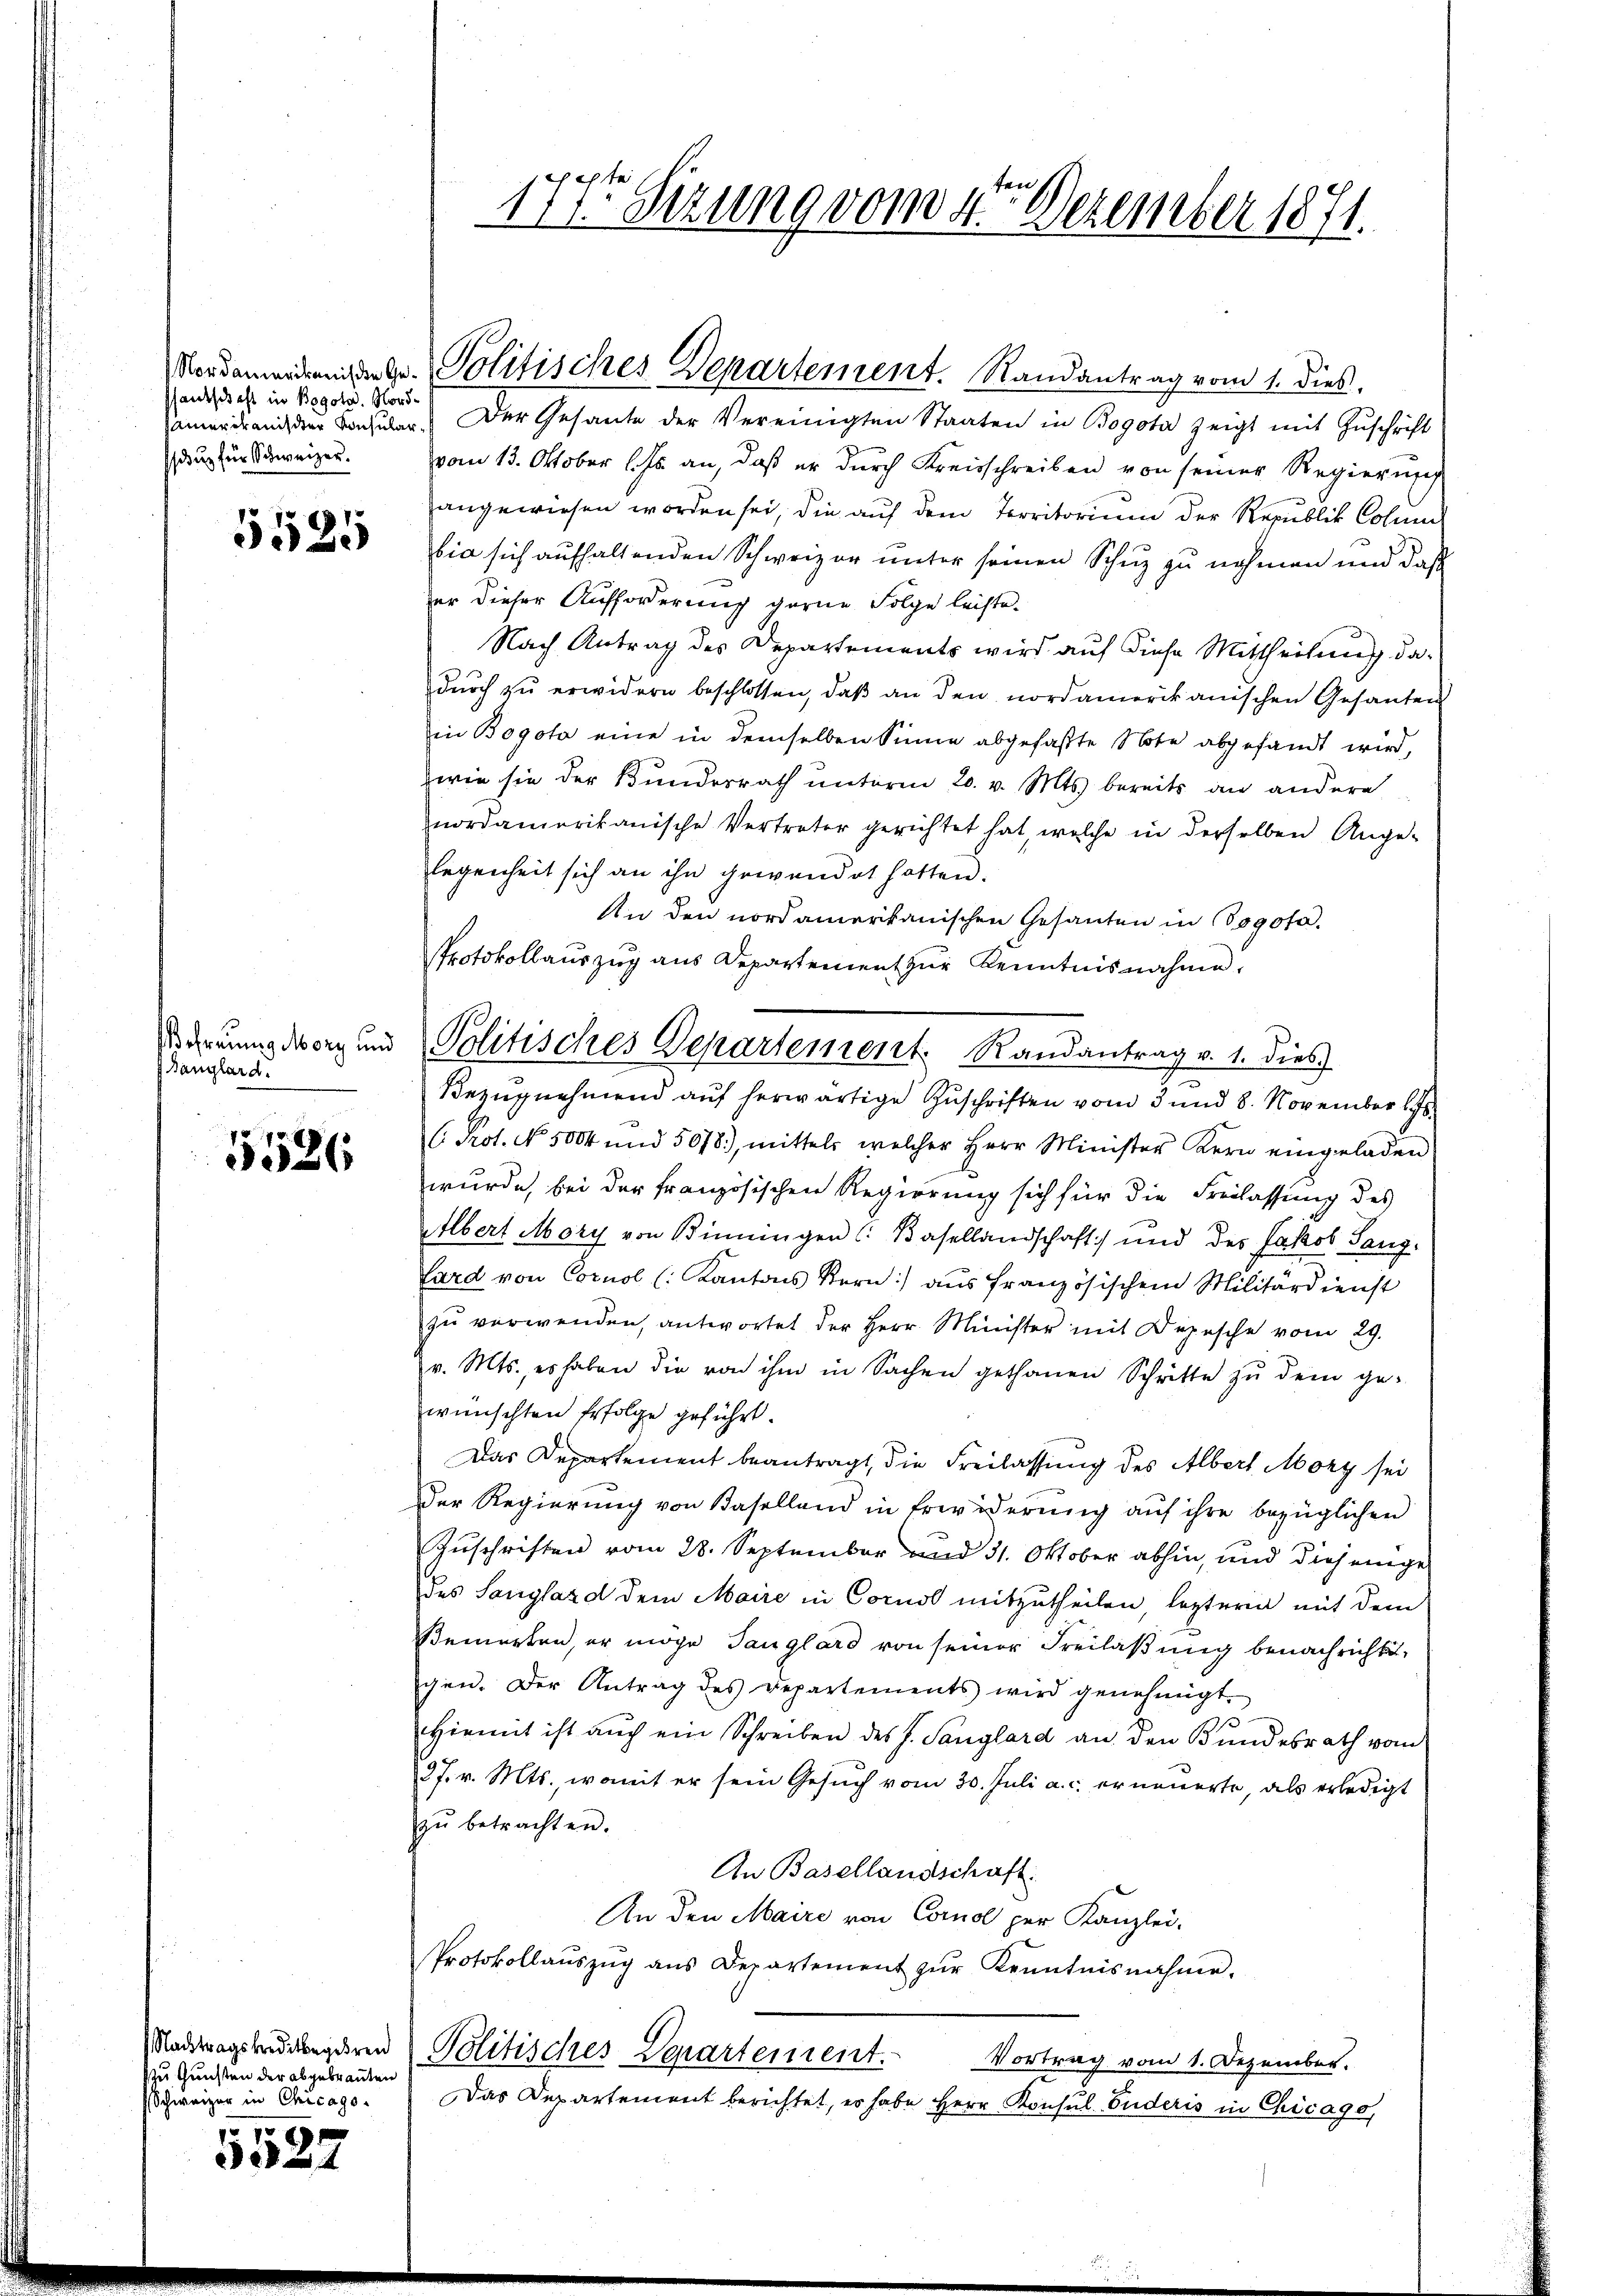
shandschaft in Bogota, Nordsdug für Schweizer.

5525

Danglard.

5526

zu Gunsten der abgebranten
Schweizer in Chicago
19

4

sammerdanck der Bouler. Der Gesante der Vereinigten Staaten in Bogota zeigt mit Zŭschrift
vom 13. Oktober l. Js. an, daß er durch Kreisschreiben von seiner Regierung
angewiesen worden sei, die auf dem Territorium der Republik Colum
bia sich aufhaltenden Schweizer unter seinen Schuz zu nehmen und daß
der dieser Aufforderung gerne Folge leiste¬
Nach Antrag des Departements wird auf diese Mittheilung dadŭrch zŭ erwidern beschlossen, daβ an den nordamerikanischen Gesanten
in Bogota eine in demselben Sinne abgefaßte Note abgesandt wird,
dwie sie der Bunderrath unterm 20. v. Mts. bereits an andere
nordamerikanische Vertreter gerichtet hat, welche in derselben Ange-
legenheit sich an ihn gewendet hatten.
An den nordamerikanischen Gesanten in Bogota.
Protokollauszug aus Departement zur Kenntnisnahme.

arrungsorg und Politisches Departement. Randantrag v. 1. dies

en
173 Sezung vom 4. Dezember 1871.

Mordenendenden Gr. Politisches Departement. Randantrag vom 1. dies,

Bezugnehmend auf herwärtige Zuschriften vom 3 und 8. November l
C. Prot. No. 5004 und 5078), mittels welcher Herr Minister Kern eingeladen
wurde, bei der französischen Regierung sich für die Freilassung des
Albert Mory von Binningen (Basellandschaft) und des Jakob Sang.
Lard von Cornol (: Kantons Kern) aus französischem Militärdienst
zŭ verwenden, antwortet der Herr Minister mit Depesche vom 29.
v. Mts., es haben die von ihm in Sachen gethanen Schritte zŭ dem ge-
wünschten Erfolge geführt.
Das Departement beantragt, die Freilassung des Albert Mory sei
Der Regierung von Baselland in Erwiderung auf ihre bezüglichen
Zuschriften vom 28. September und 31. Oktober abhin, und diejenige
des Sangland dem Maire in Cornst mitzutheilen, lezteren mit dem
Bemerken, er möge Tauglard von seiner Freilaßung benachrichte,
gen. Der Antrag des Departements wird genehmigt.
Hiemit ist auch ein Schreiben des J. Sanglard an den Bundesrath vom
37. v. Mts., womit er sein Gesuch vom 30. Juli a. c. erneuerte, als erledigt
zŭ betrachten.
An Basellandschaft.
An den Maire von Cornel per Kanzlei-
Protokollaŭszŭg ans Departement zŭr Kenntnisnahme.
Nadragsbrudengeren Politisches Departement.
Vortrag vom 1. Dezember.
Das Departement berichtet, es habe Herr Konsul Fuderis in Chicago,